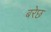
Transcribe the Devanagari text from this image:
बरेछ